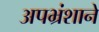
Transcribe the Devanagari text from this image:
अपभ्रंशाने